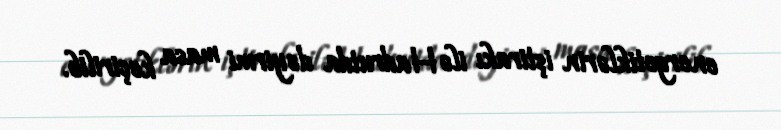
energetiklərin iştirakı ilə Hadrutda dəyirmi masa keçirilib.